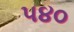
૫૪૦